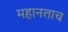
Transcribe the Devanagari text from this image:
महानताच